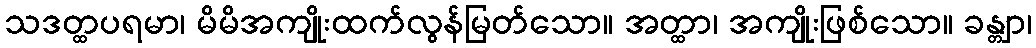
သဒတ္ထပရမာ၊ မိမိအကျိုးထက်လွန်မြတ်သော။ အတ္ထာ၊ အကျိုးဖြစ်သော။ ခန္တျာ၊